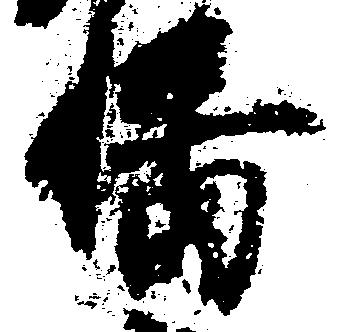
幡